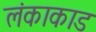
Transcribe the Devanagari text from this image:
लंकाकाड